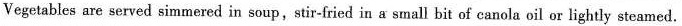
Vegetables are served sim mered in soup,stir-fried in a small bit of canola oil or lightly steamed.